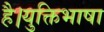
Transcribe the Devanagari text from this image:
है।युक्तिभाषा